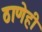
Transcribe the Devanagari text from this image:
ठाणेही